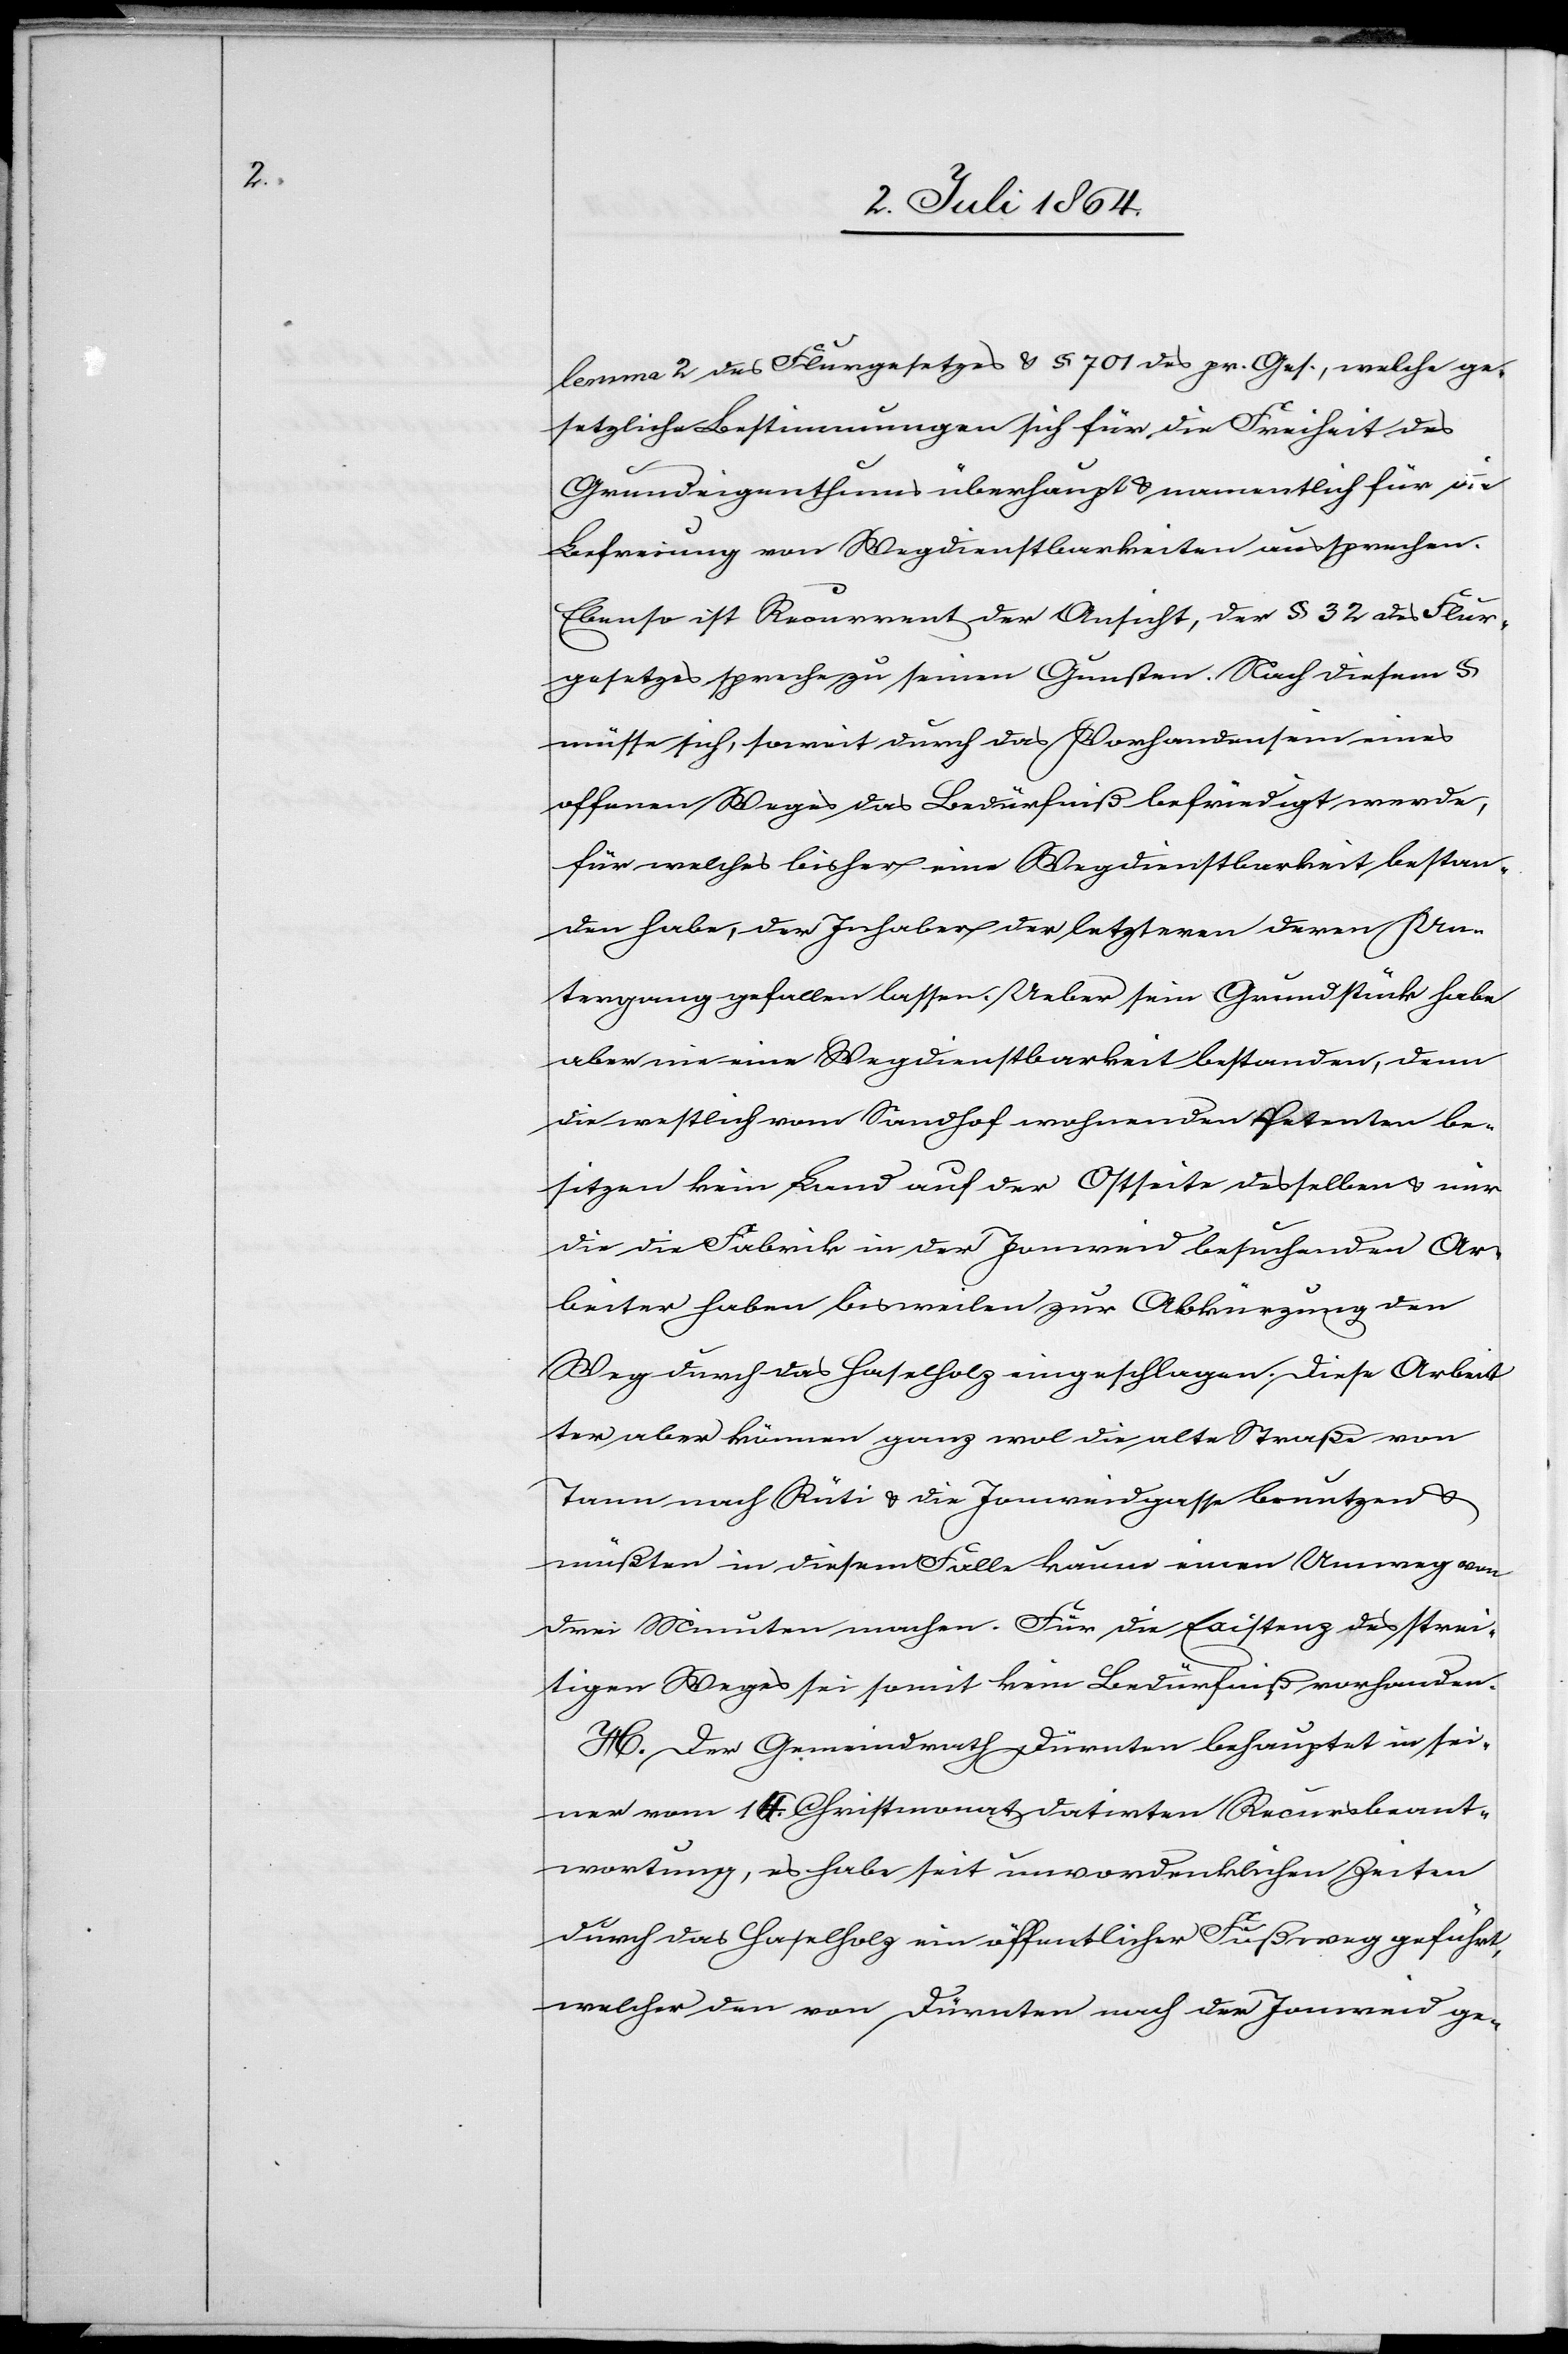
lemma 2 des Flurgesetzes u. § 701 des pr. Ges., welche ge¬
setzliche Bestimmungen sich für die Freiheit des
Grundeigenthums überhaupt u. namentlich für die
Befreiung von Wegdienstbarkeiten aussprechen.
Ebenso ist Recurrent der Ansicht, der § 32 des Flur¬
gesetzes spreche zu seinen Gunsten. Nach diesem §
müsse sich, soweit durch das Vorhandensein eines
offenen Weges das Bedürfniß befriedigt werde,
für welches bisher eine Wegdienstbarkeit bestan¬
den habe, der Inhaber der letzteren deren Un¬
tergang gefallen lassen. Ueber sein Grundstück habe
aber nie eine Wegdienstbarkeit bestanden, denn
die westlich vom Sandhof wohnenden Petenten be¬
sitzen kein Land auf der Ostseite desselben u. nur
die die Fabrik in der Jonweid besuchenden Ar¬
beiter haben bisweilen zur Abkürzung den
Weg durch das Haselholz eingeschlagen. Diese Arbei¬
ter aber können ganz wol die alte Straße von
Tann nach Rüti u. die Jonweidgasse benutzen u.
müßten in diesem Falle kaum einen Umweg von
drei Minuten machen. Für die Existenz des strei¬
tigen Weges sei somit kein Bedürfnis vorhanden.
H. Der Gemeindrath Dürnten behauptet in sei¬
ner vom 14. Christmonat datirten Recursbeant¬
wortung, es habe seit unvordenklichen Zeiten
durch das Haselholz ein öffentlicher Fußweg geführt,
welcher den von Dürnten nach der Jonweid ge-